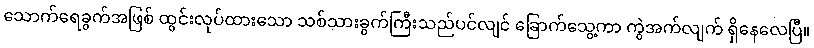
သောက်ရေခွက်အဖြစ် ထွင်းလုပ်ထားသော သစ်သားခွက်ကြီးသည်ပင်လျင် ခြောက်သွေ့ကာ ကွဲအက်လျက် ရှိနေလေပြီ။